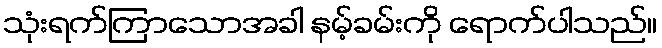
သုံးရက်ကြာသောအခါ နမ့်ခမ်းကို ရောက်ပါသည်။